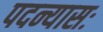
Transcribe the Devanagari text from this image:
पदन्यासः